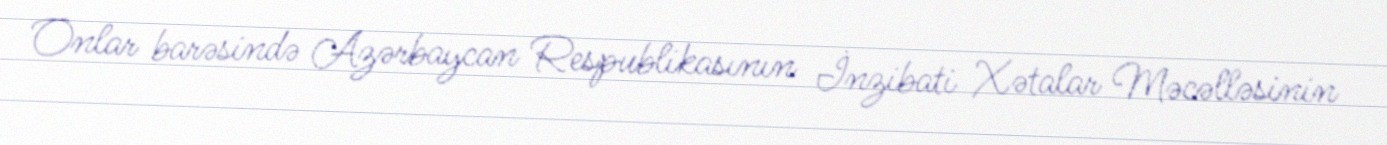
Onlar barəsində Azərbaycan Respublikasının İnzibati Xətalar Məcəlləsinin